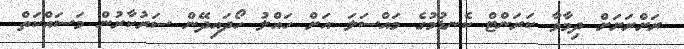
ރަށްރަށަށް ދިމާވާ ކަރަންޓް ކެނޑުމުގެ މައްސަލަ އަށް ހައްލު ހޯދައިދޭން ސަރުކާރުން މަސައްކަތް